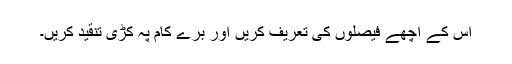
اس کے اچھے فیصلوں کی تعریف کریں اور برے کام پہ کڑی تنقید کریں۔